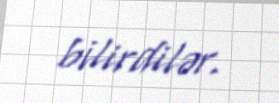
bilirdilər.